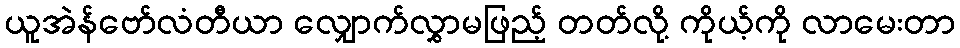
ယူအဲန်ဗော်လံတီယာ လျှောက်လွှာမဖြည့် တတ်လို့ ကိုယ့်ကို လာမေးတာ